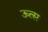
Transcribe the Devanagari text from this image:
ऊत्स